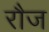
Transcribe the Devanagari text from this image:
रौज